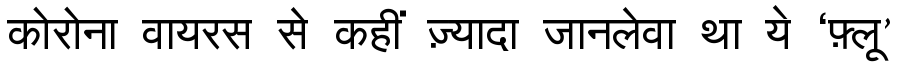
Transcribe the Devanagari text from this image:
कोरोना वायरस से कहीं ज़्यादा जानलेवा था ये ‘फ़्लू’